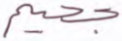
جحيم